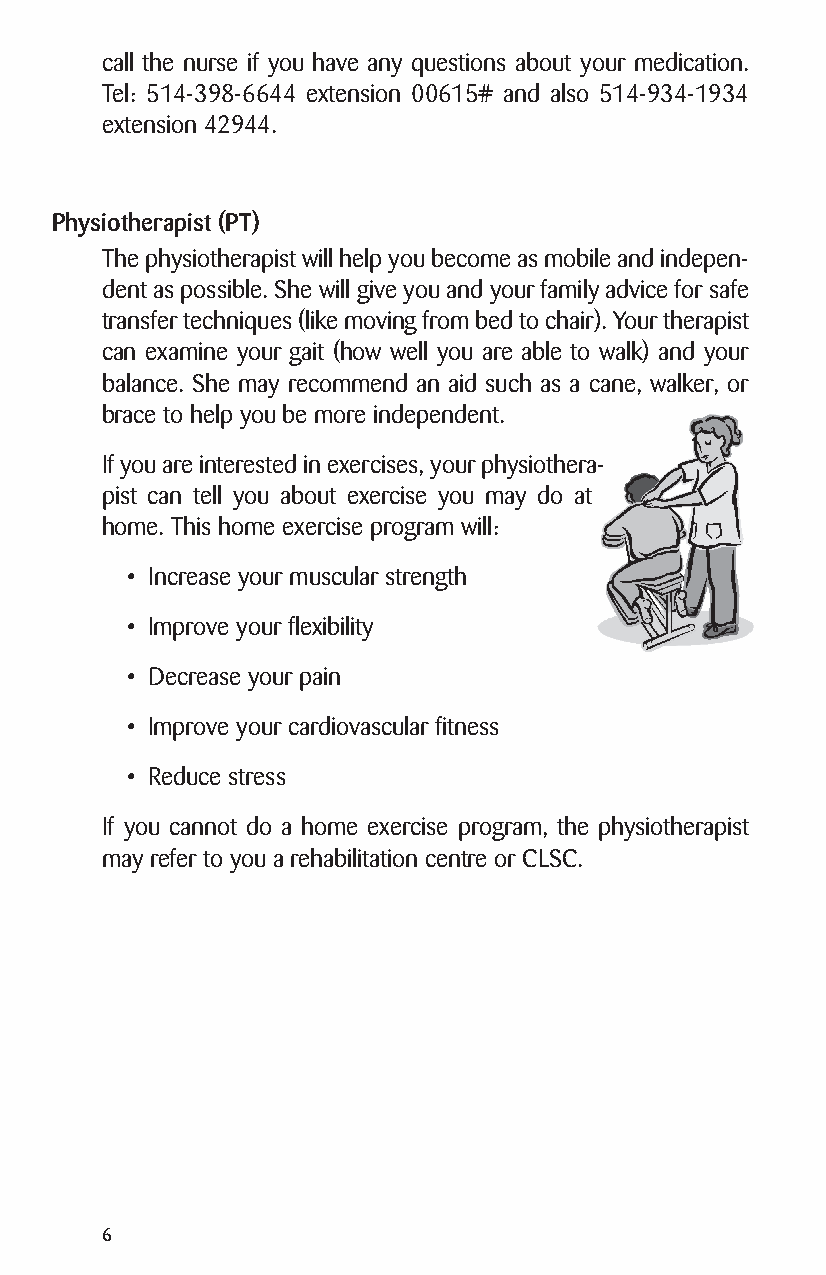
call the nurse if you have any questions about your medication.
 Tel: 514-398-6644 extension 00615# and also 514-934-1934
 extension 42944.
 Physiotherapist (PT)
 The physiotherapist will help you become as mobile and indepen-
 dent as possible. She will give you and your family advice for safe
 transfer techniques (like moving from bed to chair). Your therapist
 can examine your gait (how well you are able to walk) and your
 balance. She may recommend an aid such as a cane, walker, or
 brace to help you be more independent.
 If you are interested in exercises, your physiothera-
 pist can tell you about exercise you may do at
 home. This home exercise program will:
 • Increase your muscular strength
 • Improve your flexibility
 • Decrease your pain
 • Improve your cardiovascular fitness
 • Reduce stress
 If you cannot do a home exercise program, the physiotherapist
 may refer to you a rehabilitation centre or CLSC.
 6